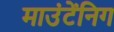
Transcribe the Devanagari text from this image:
माउंटेंनिग